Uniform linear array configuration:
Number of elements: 16
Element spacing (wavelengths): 1
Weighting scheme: kaiser
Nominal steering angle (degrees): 15
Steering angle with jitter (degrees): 16.611
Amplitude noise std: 0.05
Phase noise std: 0.05

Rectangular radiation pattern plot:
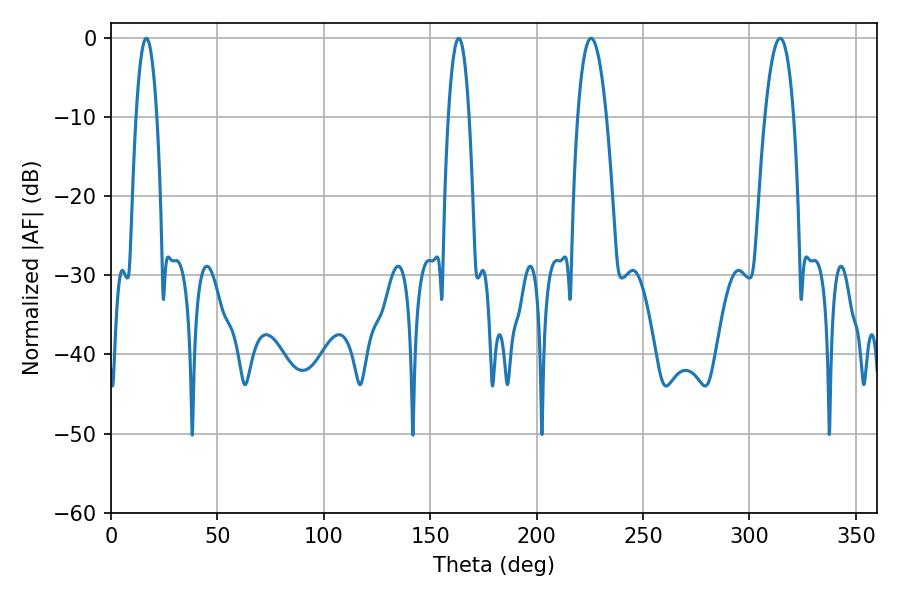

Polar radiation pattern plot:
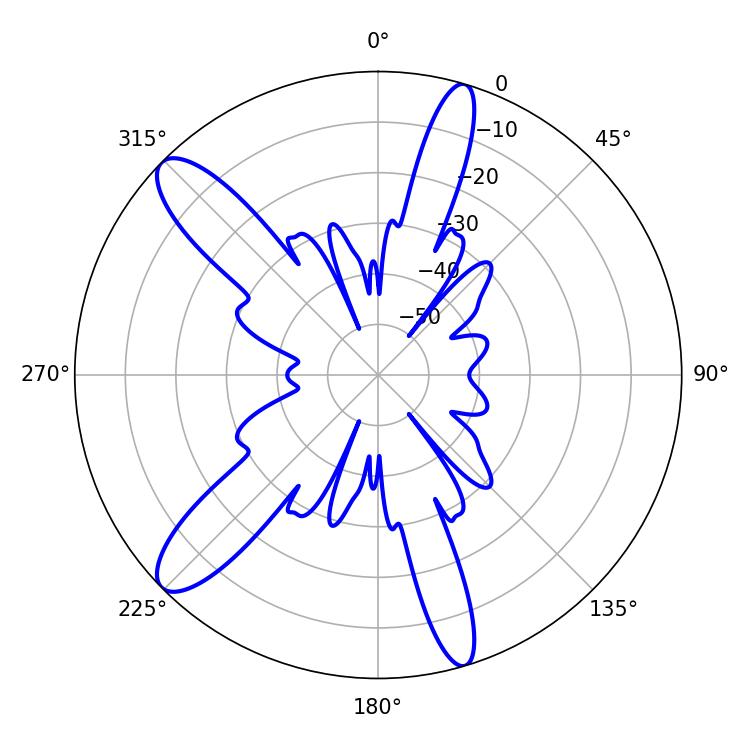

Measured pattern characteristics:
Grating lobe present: TRUE
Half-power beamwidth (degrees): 7.56
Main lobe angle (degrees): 225.54